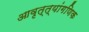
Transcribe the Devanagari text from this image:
आवृत्त्यांगणिक